Report of the Indian Hemp Drugs Commission, 1894-1895 - Volume IV
Year: 1894
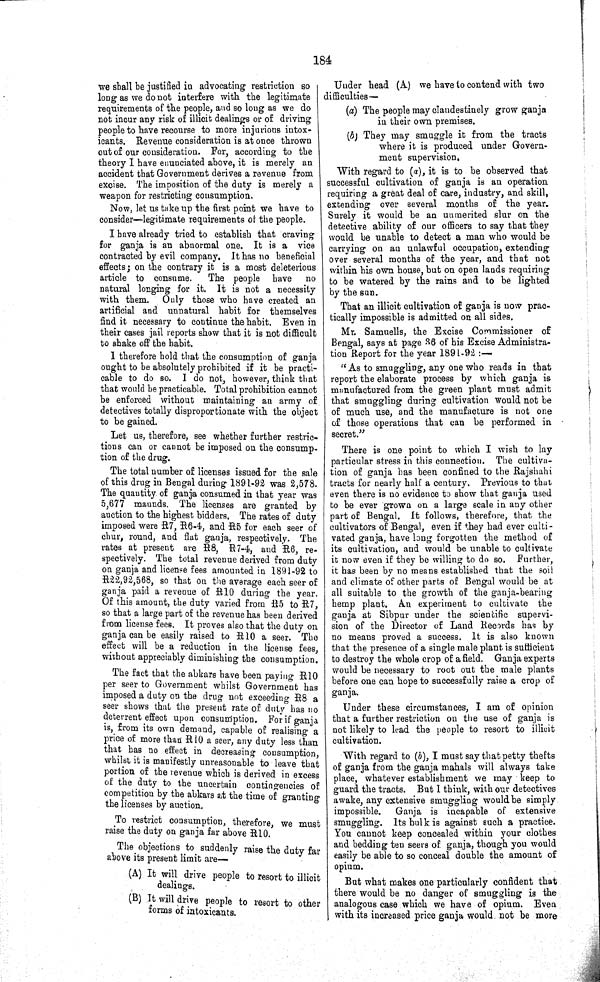
184
we shall be justified in advocating restriction so
long as we do not interfere with the legitimate
requirements of the people, and so long as we do
not incur any risk of illicit dealings or of driving
people to have recourse to more injurious intox¬
icants. Revenue consideration is at once thrown
out of our consideration. For, according to the
theory I have enunciated above, it is merely an
accident that Government derives a revenue from
excise. The imposition of the duty is merely a
weapon for restricting consumption.
Now, let us take up the first point we have to
consider—legitimate requirements of the people.
I have already tried to establish that craving
for ganja is an abnormal one. It is a vice
contracted by evil company. It has no beneficial
effects; on the contrary it is a most deleterious
article to consume.
The people have no
natural longing for it. It is not a necessity
with them. Only those who have created an
artificial and unnatural habit for themselves
find it necessary to continue the habit. Even in
their cases jail reports show that it is not difficult
to shake off the habit.
I therefore hold that the consumption of ganja
ought to be absolutely prohibited if it be practi¬
cable to do so. I do not, however, think that
that would be practicable. Total prohibition cannot
be enforced without maintaining an army of
detectives totally disproportionate with the object
to be gained.
Let us, therefore, see whether further restric¬
tions can or cannot be imposed on the consump¬
tion of the drug.
The total number of licenses issued for the sale
of this drug in Bengal during 1891-92 was 2,578.
The quantity of ganja consumed in that year was
5,677 maunds. The licenses are granted by
auction to the highest bidders. The rates of duty
imposed were R7, R6-4, and R5 for each seer of
chur, round, and flat ganja, respectively. The
rates at present are R8, R7-4, and R6, re¬
spectively. The total revenue derived from duty
on ganja and license fees amounted in 1891-92 to
R22,92,568, so that on the average each seer of
ganja paid a revenue of R10 during the year.
Of this amount, the duty varied from R5 to R7,
so that a large part of the revenue has been derived
from license fees. It proves also that the duty on
ganja can be easily raised to R10 a seer. The
effect will be a reduction in the license fees,
without appreciably diminishing the consumption.
The fact that the abkars have been paying R10
per seer to Government whilst Government has
imposed a duty on the drug not exceeding R8 a
seer shows that the present rate of duty has no
deterrent effect upon consumption. For if ganja
is, from its own demand, capable of realising a
price of more than R10 a seer, any duty less than
that has no effect in decreasing consumption,
whilst it is manifestly unreasonable to leave that
portion of the revenue which is derived in excess
of the duty to the uncertain contingencies of
competition by the abkars at the time of granting-
the licenses by auction.
To restrict consumption, therefore, we must
raise the duty on ganja far above R10.
The objections to suddenly raise the duty far
above its present limit are—
(A) It will drive people to resort to illicit
dealings.
(B) It will drive people to resort to other
forms of intoxicants.
Under head (A) we have to contend with two
difficulties—
(a) The people may clandestinely grow ganja
in their own premises.
(b) They may smuggle it from the tracts
where it is produced under Govern¬
ment supervision.
With regard to (a), it is to be observed that
successful cultivation of ganja is an operation
requiring a great deal of care, industry, and skill,
extending over several months of the year.
Surely it would be an unmerited slur on the
detective ability of our officers to say that they
would be unable to detect a man who would be
carrying on an unlawful occupation, extending
over several months of the year, and that not
within his own house, but on open lands requiring
to be watered by the rains and to be lighted
by the sun.
That an illicit cultivation of ganja is now prac¬
tically impossible is admitted on all sides.
Mr. Samuells, the Excise Commissioner of
Bengal, says at page 36 of his Excise Administra¬
tion Report for the year 1891-92:—
"As to smuggling, any one who reads in that
report the elaborate process by which ganja is
manufactured from the green plant must admit
that smuggling during cultivation would not be
of much use, and the manufacture is not one
of those operations that can be performed in
secret."
There is one point to which I wish to lay
particular stress in this connection. The cultiva¬
tion of ganja has been confined to the Rajshahi
tracts for nearly half a century. Previous to that
even there is no evidence to show that ganja used
to be ever grown on a large scale in any other
part of Bengal. It follows, therefore, that the
cultivators of Bengal, even if they had ever culti¬
vated ganja, have long forgotten the method of
its cultivation, and would be unable to cultivate
it now even if they be willing to do so. Further,
it has been by no means established that the soil
and climate of other parts of Bengal would be at
all suitable to the growth of the ganja-bearing
hemp plant. An experiment to cultivate the
ganja at Sibpur under the scientific supervi¬
sion of the Director of Land Records has by
no means proved a success. It is also known
that the presence of a single male plant is sufficient
to destroy the whole crop of a field. Ganja experts
would be necessary to root out the male plants
before one can hope to successfully raise a crop of
ganja.
Under these circumstances, I am of opinion
that a further restriction on the use of ganja is
not likely to lead the people to resort to illicit
cultivation.
With regard to (b), I must say that petty thefts
of ganja from the ganja mahals will always take
place, whatever establishment we may keep to
guard the tracts. But I think, with our detectives
awake, any extensive smuggling would be simply
impossible. Ganja is incapable of extensive
smuggling. Its bulk is against such a practice.
You cannot keep concealed within your clothes
and bedding ten seers of ganja, though you would
easily be able to so conceal double the amount of
opium.
But what makes one particularly confident that
there would be no danger of smuggling is the
analogous case which we have of opium. Even
with its increased price ganja would not be more